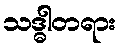
သဒ္ဓါတရား